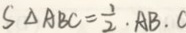
S _ { \Delta A B C } = \frac { 1 } { 2 } \cdot A B . C